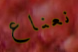
نعناع